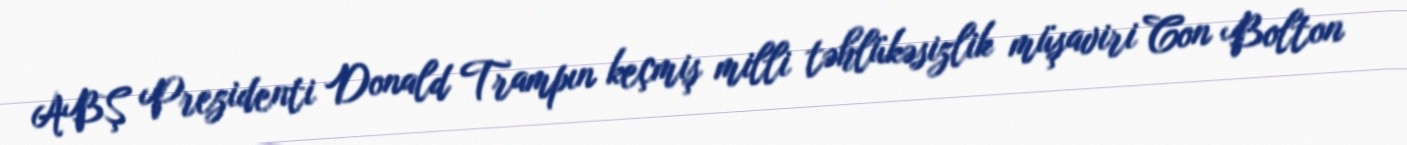
ABŞ Prezidenti Donald Trampın keçmiş milli təhlükəsizlik müşaviri Con Bolton